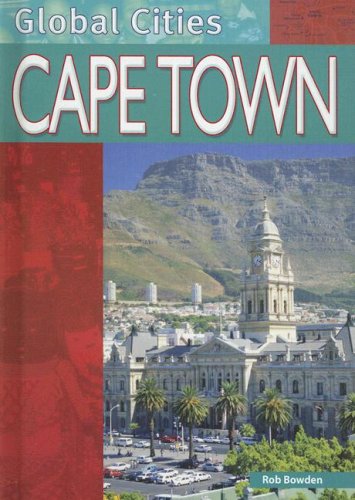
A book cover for Cape Town (Global Cities); Rob Bowden; Teen & Young Adult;